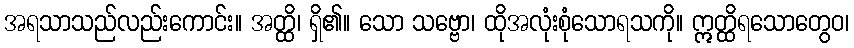
အရသာသည်လည်းကောင်း။ အတ္ထိ၊ ရှိ၏။ သော သဗ္ဗော၊ ထိုအလုံးစုံသောရသကို။ ဣတ္ထိရသောတွေဝ၊